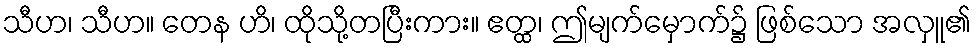
သီဟ၊ သီဟ။ တေန ဟိ၊ ထိုသို့တပြီးကား။ ဧတ္ထ၊ ဤမျက်မှောက်၌ ဖြစ်သော အလှူ၏